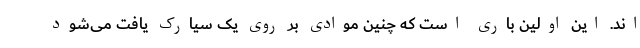
اند. این اولین باری است که چنین موادی بر روی یک سیارک یافت می‌شود